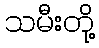
သမီးတို့